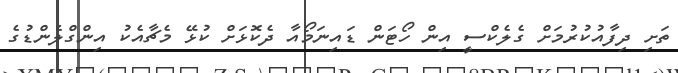
ތަށި ދިފާއުކުރުމަށް ގެލެކްސީ އިން ހޯޓަން ޑައިނަމޯއާ ދެކޮޅަށް ކުޅޭ މެޗާއެކު އިންގްލެންޑުގެ